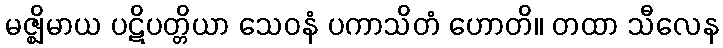
မဇ္ဈိမာယ ပဋိပတ္တိယာ သေဝနံ ပကာသိတံ ဟောတိ။ တထာ သီလေန